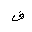
Letter: _fa